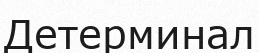
Детерминал